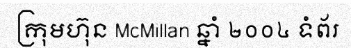
ក្រុមហ៊ុន McMillan ឆ្នាំ ២០០៤ ទំព័រ